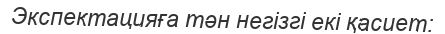
Экспектацияға тән негізгі екі қасиет: